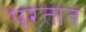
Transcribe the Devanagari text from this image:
परतात